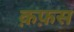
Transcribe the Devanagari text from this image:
क़फ़स